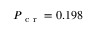
P _ { \mathrm { ~ c ~ r ~ } } = 0 . 1 9 8